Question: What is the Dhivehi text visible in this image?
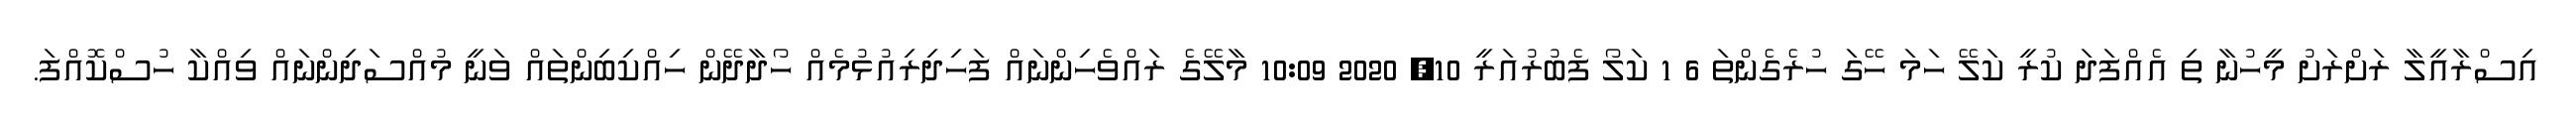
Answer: އިސްރާއީލާ ރަށްރަށު މީހުނާ ތި އެއްފަދަ ކުރީ ކަލޭ ހަމަ ހޭގަ ހުރެގެންތަ 6 1 ކަލޯ ފެބުރުއަރީ 10, 2020 10:09 މާލޭގެ ރައްވެހިންނައް ފަހިދިރިއުޅުމެއް ހޯދާދޭން ހިއްކިބިންތައް ވަނީ މުއްސަދިންނައް ވިއްކާ ހުސްކޮއްފަ.